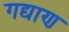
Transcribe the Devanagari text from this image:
गद्याण